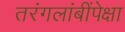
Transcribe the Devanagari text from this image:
तरंगलांबींपेक्षा